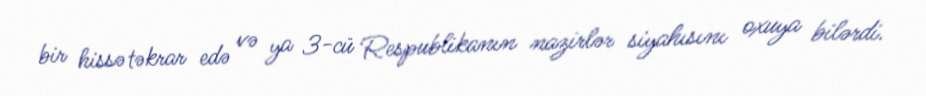
bir hissə təkrar edə və ya 3-cü Respublikanın nazirlər siyahısını oxuya bilərdi.